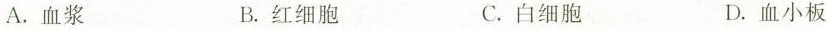
A.血浆 B.红细胞 C.白细胞 D.血小板